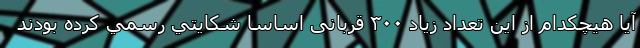
آيا هيچكدام از اين تعداد زياد ۳۰۰ قربانی اساسا شكايتي رسمي كرده بودند